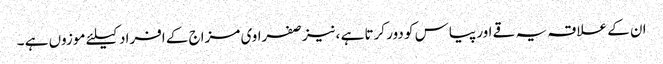
ان کے علاقہ یہ قے اور پیاس کو دور کرتا ہے ،نیز صفراوی مزاج کے افراد کیلئے موزوں ہے ۔